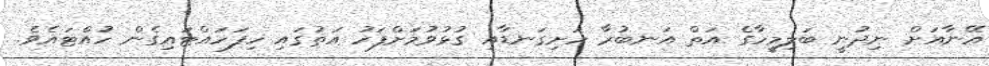
އޭނާއަށް ނިދުނީ ބަލިމީހާގެ އަތް އަނބުރާ ހަށިގަނޑާއި ގުޅުވުމަށްފަހު އަތުގައި ހިފަހައްޓައިގެން ހުއްޓައެވެ.